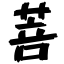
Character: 菩